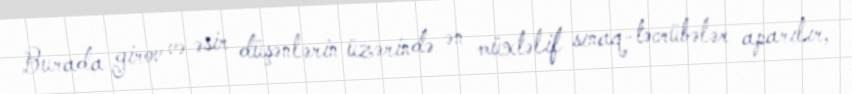
Burada girov və əsir düşənlərin üzərində ən müxtəlif sınaq-təcrübələr aparılır,